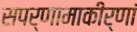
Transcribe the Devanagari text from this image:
सपर्णामाकीर्णां